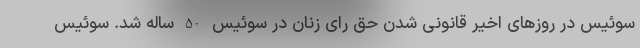
سوئیس در روزهای اخیر قانونی شدن حق رای زنان در سوئیس 50 ساله شد. سوئیس